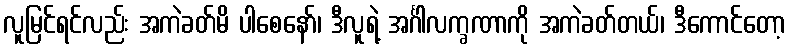
လူမြင်ရင်လည်း အကဲခတ်မိ ပါစေနော်၊ ဒီလူရဲ့ အင်္ဂါလက္ခဏာကို အကဲခတ်တယ်၊ ဒီကောင်တော့